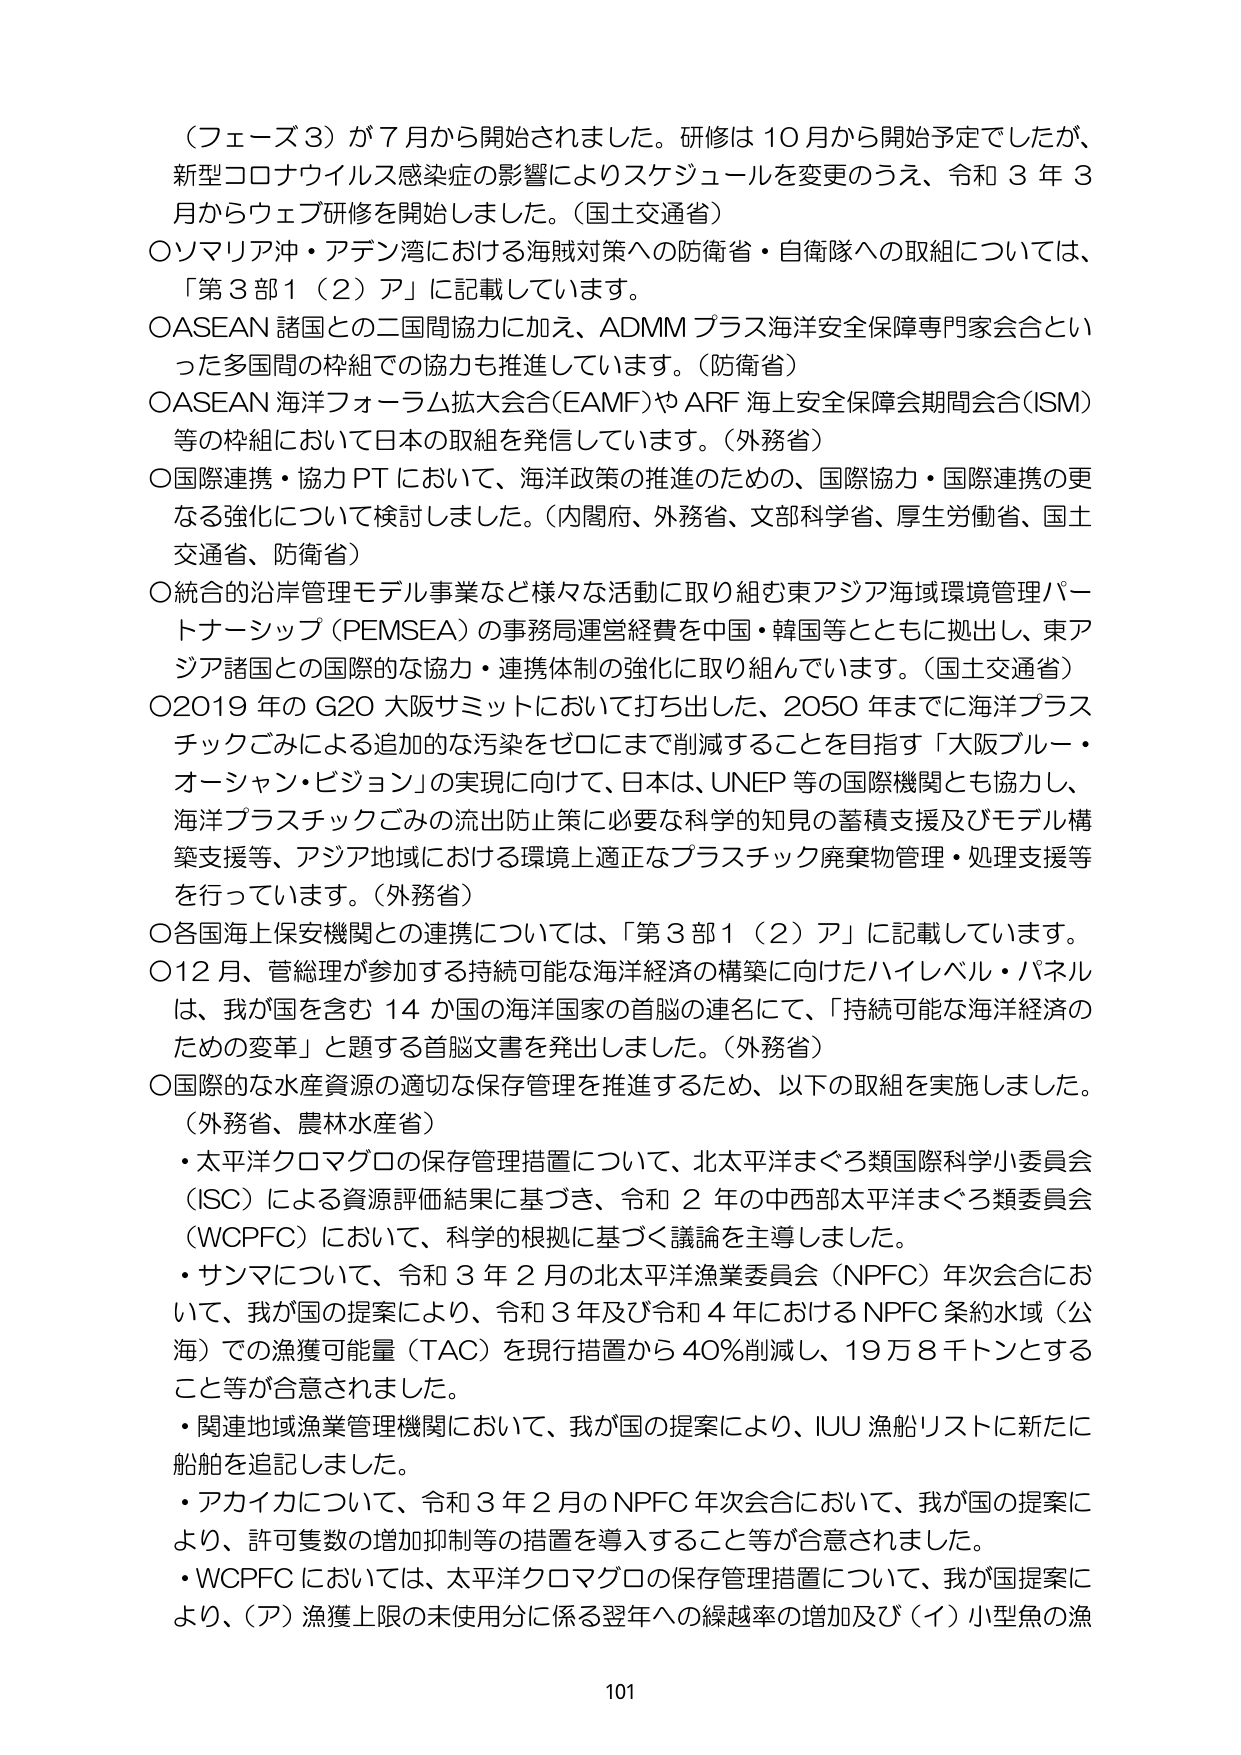
（フェーズ３）が７月から開始されました。研修は１０月から開始予定でしたが、新型コロナウイルス感染症の影響によりスケジュールを変更のうえ、令和３年３月からウェブ研修を開始しました。（国土交通省）
〇ソマリア沖・アデン湾における海賊対策への防衛省・自衛隊への取組については、「第３部１（２）ア」に記載しています。
〇ASEAN 諸国との二国間協力に加え、ADMM プラス海洋安全保障専門家会合といった多国間の枠組での協力も推進しています。（防衛省）
〇ASEAN 海洋フォーラム拡大会合（EAMF）や ARF 海上安全保障会期間会合（ISM）等の枠組において日本の取組を発信しています。（外務省）
〇国際連携・協力 PT において、海洋政策の推進のための、国際協力・国際連携の更なる強化について検討しました。（内閣府、外務省、文部科学省、厚生労働省、国土交通省、防衛省）
〇統合的沿岸管理モデル事業など様々な活動に取り組む東アジア海域環境管理パートナーシップ（PEMSEA）の事務局運営経費を中国・韓国等とともに拠出し、東アジア諸国との国際的な協力・連携体制の強化に取り組んでいます。（国土交通省）
〇2019 年の G20 大阪サミットにおいて打ち出した、2050 年までに海洋プラスチックごみによる追加的な汚染をゼロにまで削減することを目指す「大阪ブルー・オーシャン・ビジョン」の実現に向けて、日本は、UNEP 等の国際機関とも協力し、海洋プラスチックごみの流出防止策に必要な科学的知見の蓄積支援及びモデル構築支援等、アジア地域における環境上適正なプラスチック廃棄物管理・処理支援等を行っています。（外務省）
〇各国海上保安機関との連携については、「第３部１（２）ア」に記載しています。
〇12 月、菅総理が参加する持続可能な海洋経済の構築に向けたハイレベル・パネルは、我が国を含む 14 か国の海洋国家の首脳の連名にて、「持続可能な海洋経済のための変革」と題する首脳文書を発出しました。（外務省）
〇国際的な水産資源の適切な保存管理を推進するため、以下の取組を実施しました。（外務省、農林水産省）
・太平洋クロマグロの保存管理措置について、北太平洋まぐろ類国際科学小委員会（ISC）による資源評価結果に基づき、令和２年の中西部太平洋まぐろ類委員会（WCPFC）において、科学的根拠に基づく議論を主導しました。
・サンマについて、令和３年２月の北太平洋漁業委員会（NPFC）年次会合において、我が国の提案により、令和３年及び令和４年における NPFC 条約水域（公海）での漁獲可能量（TAC）を現行措置から 40％削減し、19万８千トンとすること等が合意されました。
・関連地域漁業管理機関において、我が国の提案により、IUU 漁船リストに新たに船舶を追記しました。
・アカイカについて、令和３年２月のNPFC 年次会合において、我が国の提案により、許可隻数の増加抑制等の措置を導入すること等が合意されました。
・WCPFC においては、太平洋クロマグロの保存管理措置について、我が国提案により、（ア）漁獲上限の未使用分に係る翌年への繰越率の増加及び（イ）小型魚の漁

101